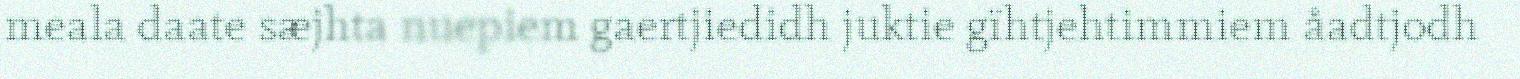
meala daate sæjhta nuepiem gaertjiedidh juktie gïhtjehtimmiem åadtjodh